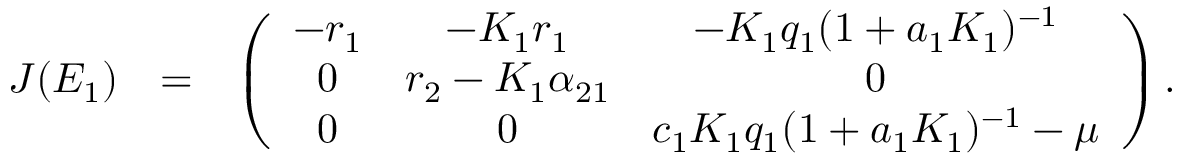
\begin{array} { r l r } { J ( E _ { 1 } ) } & { = } & { \left( \begin{array} { c c c } { - r _ { 1 } } & { - K _ { 1 } r _ { 1 } } & { - K _ { 1 } q _ { 1 } ( 1 + a _ { 1 } K _ { 1 } ) ^ { - 1 } } \\ { 0 } & { r _ { 2 } - K _ { 1 } \alpha _ { 2 1 } } & { 0 } \\ { 0 } & { 0 } & { c _ { 1 } K _ { 1 } q _ { 1 } ( 1 + a _ { 1 } K _ { 1 } ) ^ { - 1 } - \mu } \end{array} \right) . } \end{array}